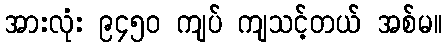
အားလုံး ၉၄၅၀ ကျပ် ကျသင့်တယ် အစ်မ။